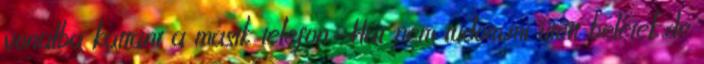
vonalba kattant a másik telefon.-Hát nem tudom,mi ütött belétek,de